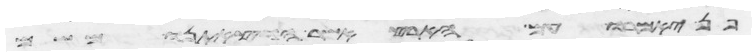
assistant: פן יאמרו עם הארץ אשר הוצאתנו משם